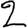
Digit: 2